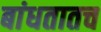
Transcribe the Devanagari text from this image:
बांधतातच